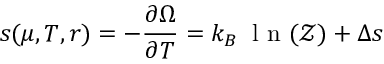
s ( \mu , T , r ) = - \frac { \partial \Omega } { \partial T } = k _ { B } \: \textrm { l n } ( \mathcal { Z } ) + \Delta s